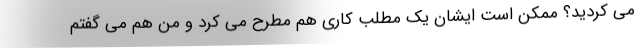
می کردید؟ ممکن است ایشان یک مطلب کاری هم مطرح می کرد و من هم می گفتم